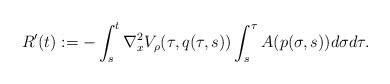
LaTeX: \begin{align*}R^\prime(t):=-\int_s^t \nabla_x^2 V_\rho(\tau,q(\tau,s))\int_s^\tau A(p(\sigma,s)) d\sigma d\tau.\end{align*}